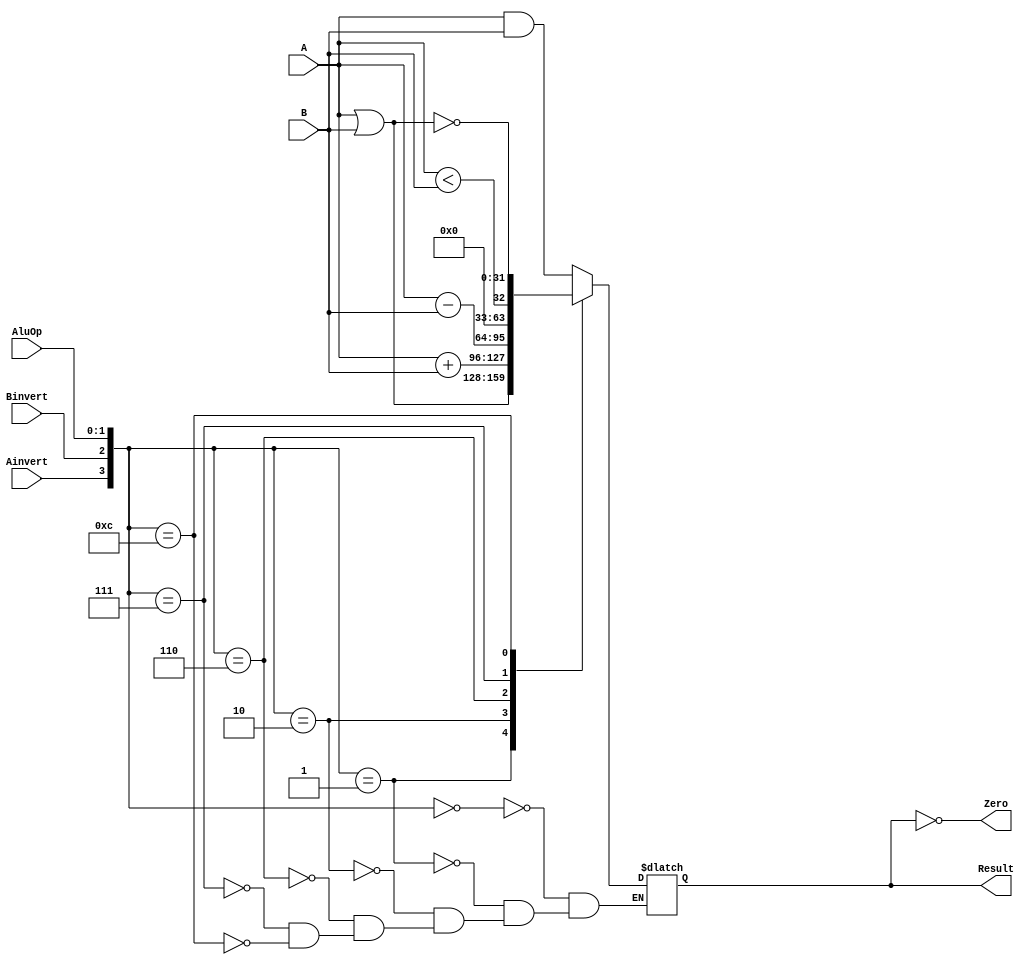
module ALU(A,B,Result,AluOp,Ainvert,Binvert,Zero);
input [31:0] A,B;
output reg [31:0] Result; // Normal şartlarda Result register değildir.
input [1:0] AluOp;
input Ainvert,Binvert;
output Zero;
always
   case ({Ainvert,Binvert,AluOp})
	   4'b0000: Result=A&B;
		4'b0001: Result=A|B;
		4'b0010: Result=A+B;
		4'b0110: Result=A-B;
		4'b0111: Result=A<B;
		4'b1100: Result=~(A|B);
	endcase
assign Zero=(Result==0);
endmodule